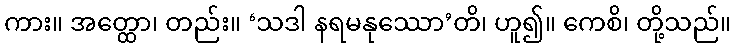
ကား။ အတ္ထော၊ တည်း။ ‘သဒါ နရမနုဿော’တိ၊ ဟူ၍။ ကေစိ၊ တို့သည်။